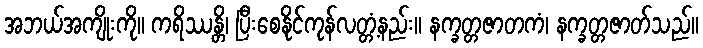
အဘယ်အကျိုးကို။ ကရိဿန္တိ၊ ပြီးစေနိုင်ကုန်လတ္တံ့နည်း။ နက္ခတ္တဇာတကံ၊ နက္ခတ္တဇာတ်သည်။